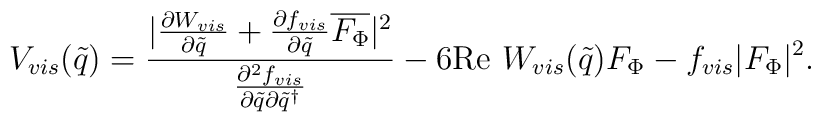
V_{vis}(\tilde{q}) = \frac{| \frac{\partial W_{vis}}{\partial      \tilde{q}} + \frac{\partial f_{vis}}{\partial \tilde{q}}\overline{F_{\Phi}}|^2}{\frac{\partial^2 f_{vis}}{\partial \tilde{q} \partial  \tilde{q}^\dagger}} - 6 {\rm Re}~ W_{vis}(\tilde{q})F_{\Phi} -f_{vis} |F_\Phi|^2.